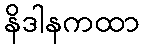
နိဒါနကထာ